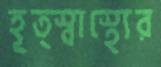
হূত্স্বাস্থ্যের